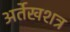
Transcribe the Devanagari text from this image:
अर्तेखशत्र